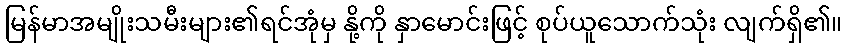
မြန်မာအမျိုးသမီးများ၏ရင်အုံမှ နို့ကို နှာမောင်းဖြင့် စုပ်ယူသောက်သုံး လျက်ရှိ၏။